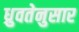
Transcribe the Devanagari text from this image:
ध्रुवतेनुसार